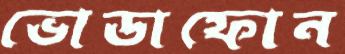
ভোডাফোন